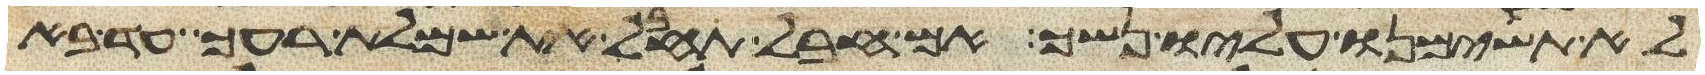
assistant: לא תשימנו עליו נשך אם חבל תחבל את שמלת רעך עד בא